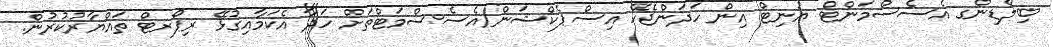
ބިލްޑިންގ އެސެސްމަންޓް ޔުނިޓް އިން ހަދަންޖެހޭ އިސްޕެކްޝަން/އެސެސްމަޓްތަށް ހަދާ އެކަމާއިގުޅޭ ރިޕޯރޓް ތައްޔާރުކުރުން.